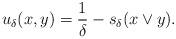
\begin{align*}u_{\delta}(x,y)=\frac{1}{\delta}-s_{\delta}(x\vee y).\end{align*}